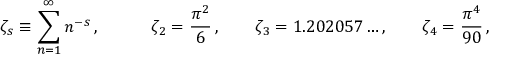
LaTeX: \zeta _ { s } \equiv \sum _ { n = 1 } ^ { \infty } n ^ { - s } \, , \qquad \quad \zeta _ { 2 } = { \frac { \pi ^ { 2 } } { 6 } } \, , \qquad \zeta _ { 3 } = 1 . 2 0 2 0 5 7 \ldots , \qquad \zeta _ { 4 } = { \frac { \pi ^ { 4 } } { 9 0 } } \, ,